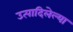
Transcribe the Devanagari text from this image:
उत्पादिलेल्या